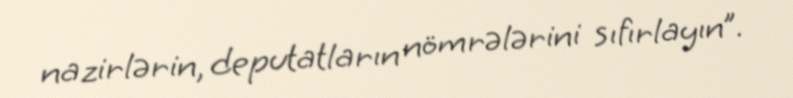
nazirlərin, deputatların nömrələrini sıfırlayın”.